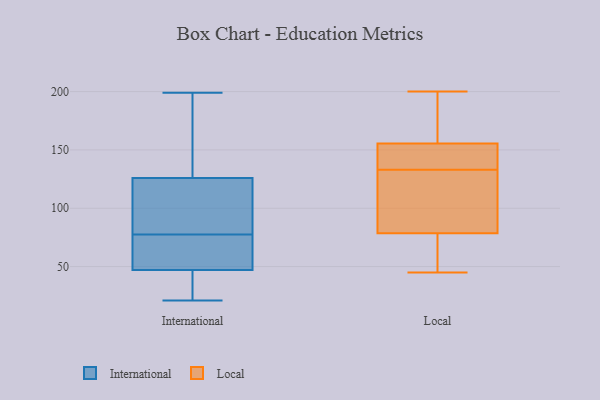
{"axis": {"x": "Tickets Resolved", "y": "Value"}, "legend": ["International", "Local"], "data": [{"x": "", "y": 21, "type": "International"}, {"x": "", "y": 73, "type": "International"}, {"x": "", "y": 199, "type": "International"}, {"x": "", "y": 24, "type": "International"}, {"x": "", "y": 47, "type": "International"}, {"x": "", "y": 152, "type": "International"}, {"x": "", "y": 107, "type": "International"}, {"x": "", "y": 72, "type": "International"}, {"x": "", "y": 64, "type": "International"}, {"x": "", "y": 28, "type": "International"}, {"x": "", "y": 82, "type": "International"}, {"x": "", "y": 106, "type": "International"}, {"x": "", "y": 140, "type": "International"}, {"x": "", "y": 126, "type": "International"}, {"x": "", "y": 148, "type": "Local"}, {"x": "", "y": 46, "type": "Local"}, {"x": "", "y": 130, "type": "Local"}, {"x": "", "y": 95, "type": "Local"}, {"x": "", "y": 150, "type": "Local"}, {"x": "", "y": 53, "type": "Local"}, {"x": "", "y": 164, "type": "Local"}, {"x": "", "y": 99, "type": "Local"}, {"x": "", "y": 161, "type": "Local"}, {"x": "", "y": 186, "type": "Local"}, {"x": "", "y": 133, "type": "Local"}, {"x": "", "y": 200, "type": "Local"}, {"x": "", "y": 62, "type": "Local"}, {"x": "", "y": 45, "type": "Local"}, {"x": "", "y": 146, "type": "Local"}, {"x": "", "y": 133, "type": "Local"}]}